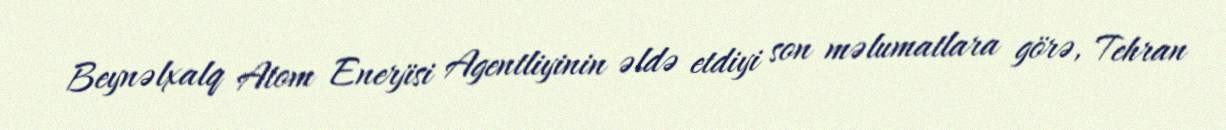
Beynəlxalq Atom Enerjisi Agentliyinin əldə etdiyi son məlumatlara görə, Tehran